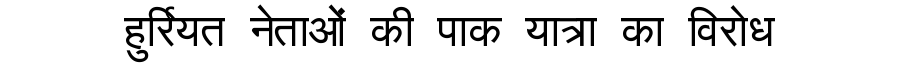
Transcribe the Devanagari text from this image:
हुर्रियत नेताओं की पाक यात्रा का विरोध